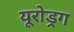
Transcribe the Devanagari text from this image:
यूरोड्रग